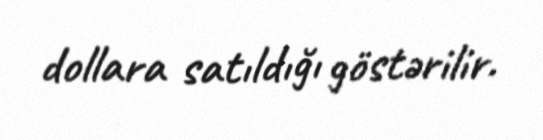
dollara satıldığı göstərilir.